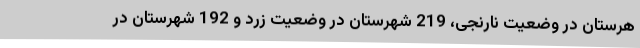
هرستان در وضعیت نارنجی، 219 شهرستان در وضعیت زرد و 192 شهرستان در